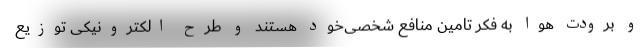
و برودت هوا به فکر تامین‌ منافع شخصی‌خود هستند و طرح الکترونیکی توزیع